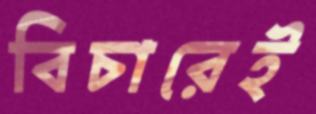
বিচারেই